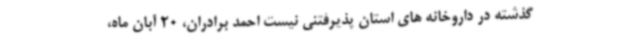
گذشته در داروخانه های استان پذیرفتنی نیست احمد برادران، 20 آبان ماه،